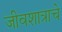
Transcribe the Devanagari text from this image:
जीवशात्राचे